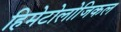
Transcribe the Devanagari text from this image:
हिमेटोलोजिकल